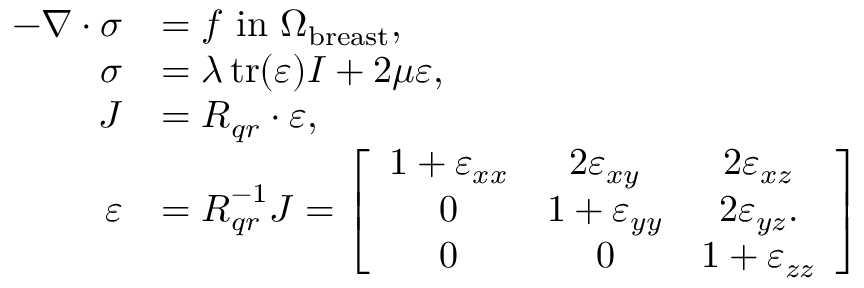
\begin{array} { r l } { - \nabla \cdot \boldsymbol { \sigma } } & { = \boldsymbol { f } \mathrm { ~ i n ~ } \Omega _ { \mathrm { b r e a s t } } , } \\ { \boldsymbol { \sigma } } & { = \lambda \operatorname { t r } ( \boldsymbol { \varepsilon } ) \boldsymbol { I } + 2 \mu \boldsymbol { \varepsilon } , } \\ { \boldsymbol { J } } & { = \boldsymbol { R } _ { q r } \cdot \boldsymbol { \varepsilon } , } \\ { \boldsymbol { \varepsilon } } & { = \boldsymbol { R } _ { q r } ^ { - 1 } \boldsymbol { J } = \left[ \begin{array} { c c c } { 1 + \boldsymbol { \varepsilon } _ { x x } } & { 2 \boldsymbol { \varepsilon } _ { x y } } & { 2 \boldsymbol { \varepsilon } _ { x z } } \\ { 0 } & { 1 + \boldsymbol { \varepsilon } _ { y y } } & { 2 \boldsymbol { \varepsilon } _ { y z } . } \\ { 0 } & { 0 } & { 1 + \boldsymbol { \varepsilon } _ { z z } } \end{array} \right] } \end{array}